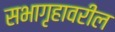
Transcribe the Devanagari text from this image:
सभागृहावरील